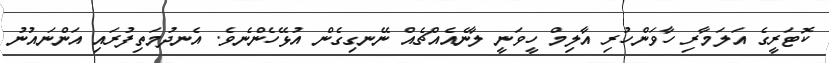
ކޮޓަރީގެ އަލަމާރި ހާވަންހުރި އާލިމް ހީވަނީ ލާނެއެއްޗެއް ނޭނގިގެން އުޅޭހެންނެވެ. އެނދުމަތިފުރައި އަންނައުނު